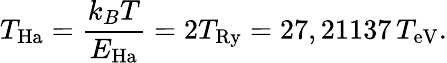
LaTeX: T_{\mathrm{Ha}}=\frac{k_{B}T}{E_{\mathrm{Ha}}}=2T_{\mathrm{Ry}}=27,21137\, T_{\mathrm{eV}}.